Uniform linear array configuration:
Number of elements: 8
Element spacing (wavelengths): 1
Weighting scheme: cosine
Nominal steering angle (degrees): -30
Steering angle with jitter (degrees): -31.551
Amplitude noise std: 0.05
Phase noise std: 0.05

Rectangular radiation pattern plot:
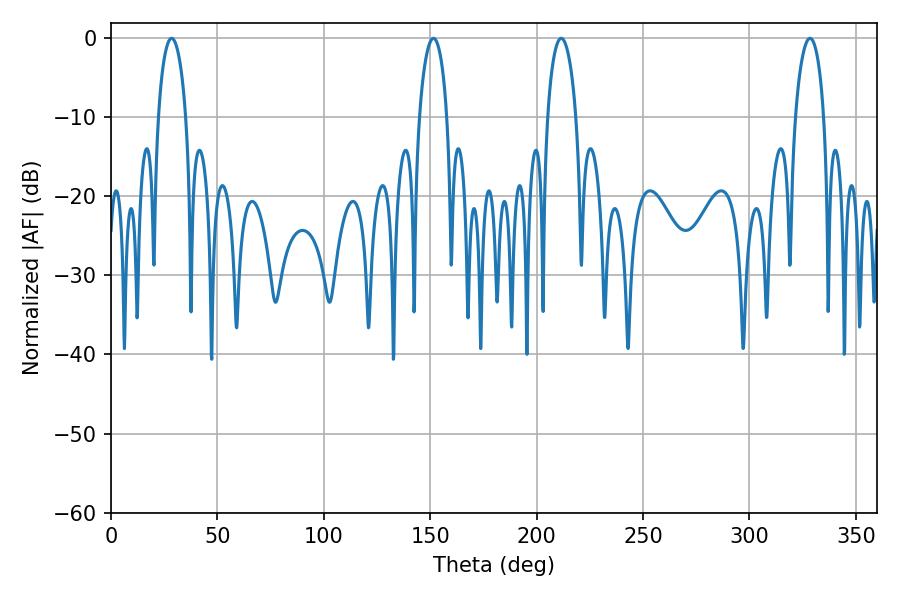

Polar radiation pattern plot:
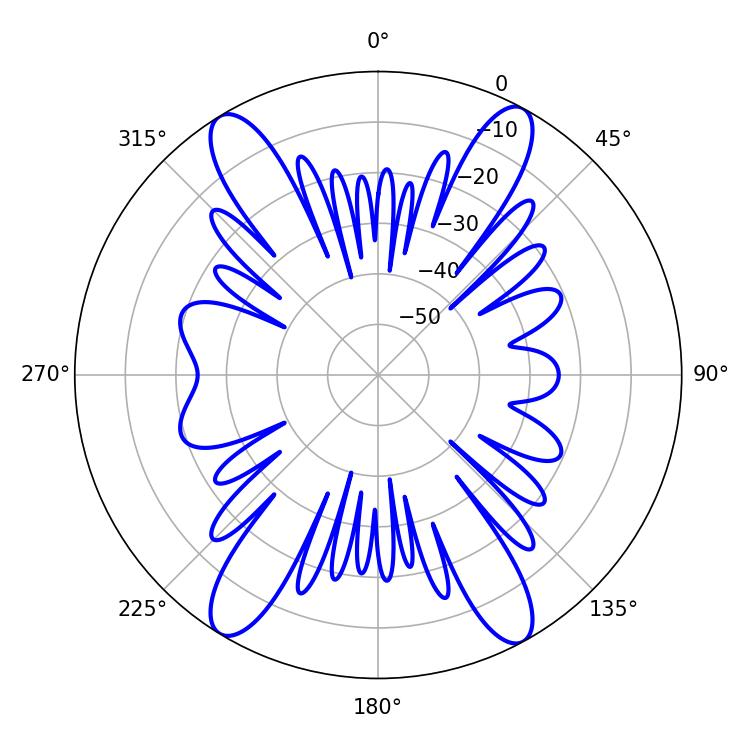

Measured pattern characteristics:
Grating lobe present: TRUE
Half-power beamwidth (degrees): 7.74
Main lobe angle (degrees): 211.5